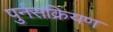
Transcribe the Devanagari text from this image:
पुर्नसक्रियण